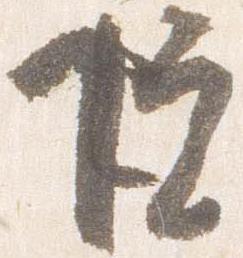
院